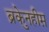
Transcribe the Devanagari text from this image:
ब्रुकेनहीम़